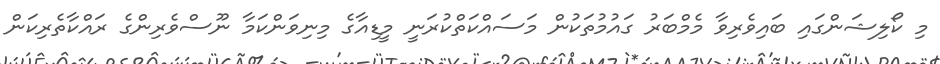
މި ކޯލިޝަންގައި ބައިވެރިވާ މެމްބަރު ގައުމުތަކުން މަސައްކަތްކުރަނީ މީޑިއާގެ މިނިވަންކަމާ ނޫސްވެރިންގެ ރައްކާތެރިކަން